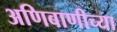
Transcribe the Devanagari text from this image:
अणिबाणीच्या